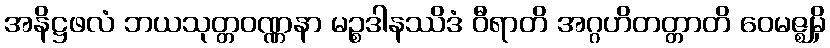
အနိဋ္ဌဖလံ ဘယသုတ္တဝဏ္ဏနာ မဉ္စဒါနဿိဒံ ဝီရာတိ အဂ္ဂဟိတတ္တာတိ ဝေမဇ္ဈမှိ